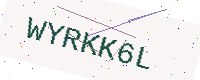
Text: WYRKK6L